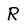
Character: R